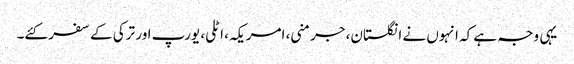
یہی وجہ ہے کہ انہوں نے انگلستان، جرمنی، امریکہ، اٹلی، یورپ اور ترکی کے سفر کئے۔